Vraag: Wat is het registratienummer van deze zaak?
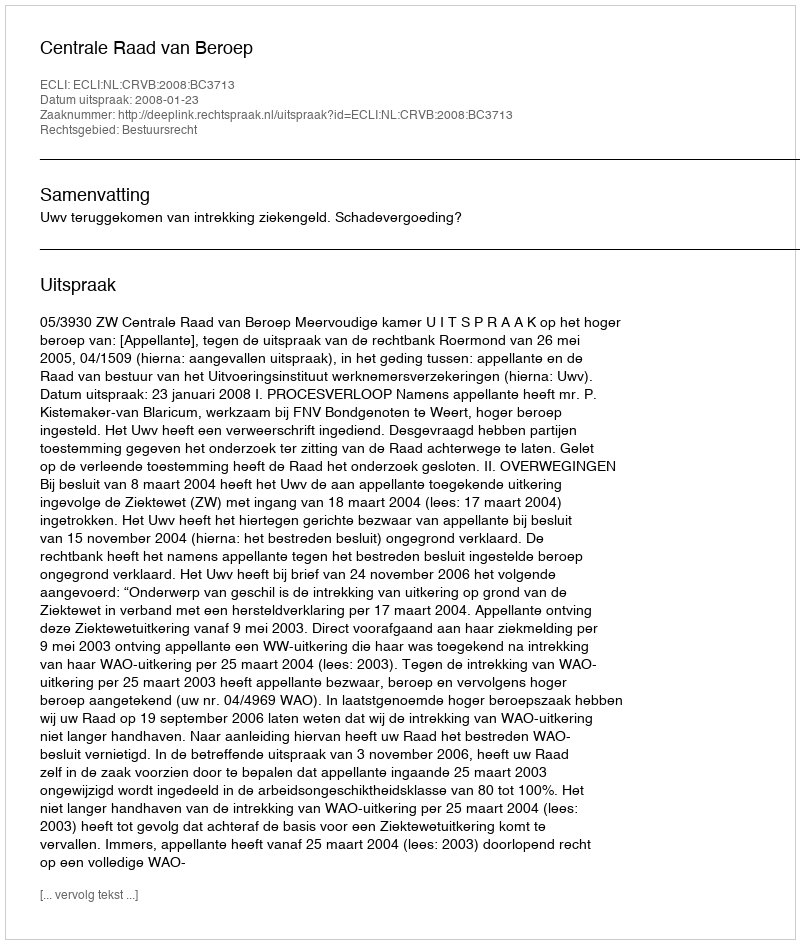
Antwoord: http://deeplink.rechtspraak.nl/uitspraak?id=ECLI:NL:CRVB:2008:BC3713